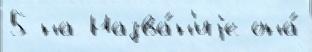
5 на Назва́н'иjе она́